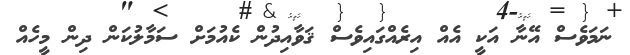
ނަމަވެސް އޭނާ އަކީ އެއް އިރެއްގައިވެސް ޤަވާއިދުން ކެއުމަށް ސަމާލުކަން ދިން މީހެއް